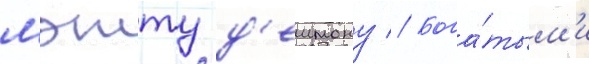
мэтту д'еимону // Бога́тым'и